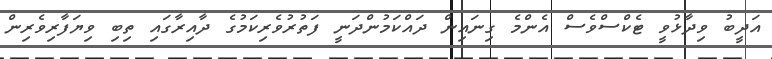
އަދީބު ވިދާޅުވީ ޓެކްސްވެސް އެންމެ ގިނައިން ދައްކަމުންދަނީ ފަތުރުވެރިކަމުގެ ދާއިރާގައި ތިބި ވިޔަފާރިވެރިން